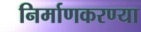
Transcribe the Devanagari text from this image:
निर्माणकरण्या